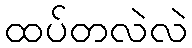
ထပ်တလဲလဲ